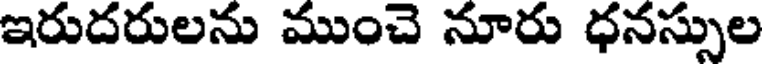
ఇరుదరులను ముంచె నూరు ధనస్సుల